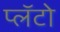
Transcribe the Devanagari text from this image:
प्लॅटो